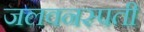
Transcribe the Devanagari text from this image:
जलवनस्पती